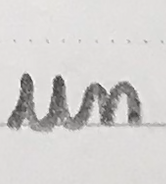
un